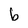
Character: b